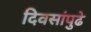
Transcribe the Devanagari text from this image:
दिवसांपुढे